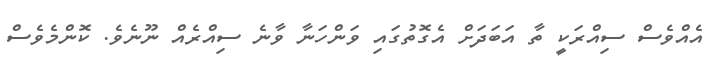
އެއްވެސް ސިއްރަކީ ތާ އަބަދަށް އެގޮތުގައި ވަންހަނާ ވާނެ ސިއްރެއް ނޫނެވެ. ކޮންމެވެސް